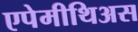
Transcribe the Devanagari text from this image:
एपेमीथिअस